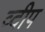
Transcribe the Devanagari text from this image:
व्दीप